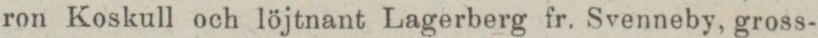
ron Koskull och löjtnant Lagerberg fr. Svenneby, gross-